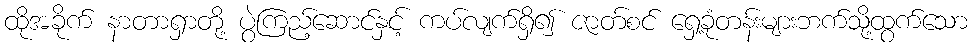
ထိုအခိုက် နာတာရှာတို့ ပွဲကြည့်ဆောင်နှင့် ကပ်လျက်ရှိ၍ ဇာတ်စင် ရှေ့ခုံတန်းများဘက်သို့ထွက်သော